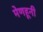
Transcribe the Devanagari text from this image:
मेणहूनी